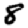
Digit: 8